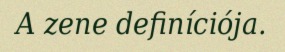
A zene definíciója.